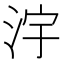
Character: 𣳿